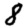
Digit: 8